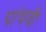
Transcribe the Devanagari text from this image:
पांचवीः